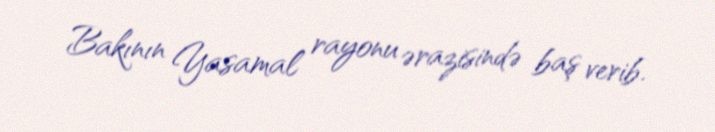
Bakının Yasamal rayonu ərazisində baş verib.